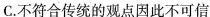
C. 不符合传统的观点因此不可信